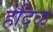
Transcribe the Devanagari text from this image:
हंदिळ